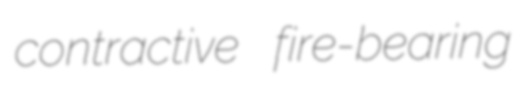
contractive fire-bearing